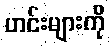
ဟင်းများကို